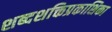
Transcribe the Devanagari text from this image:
शब्दशक्तिप्रकाशिका